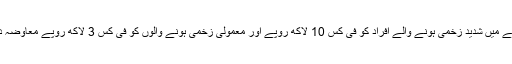
لاہور دھماکے میں شدید زخمی ہونے والے افراد کو فی کس 10 لاکھ روپے اور معمولی زخمی ہونے والوں کو فی کس 3 لاکھ روپے معاوضہ دیا جائے گا۔